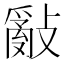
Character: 𢿢